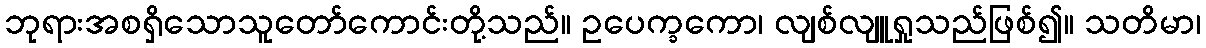
ဘုရားအစရှိသောသူတော်ကောင်းတို့သည်။ ဥပေက္ခကော၊ လျစ်လျူရှုသည်ဖြစ်၍။ သတိမာ၊